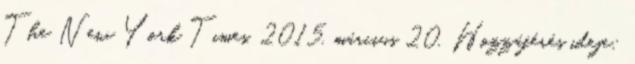
The New York Times, 2015. március 20. Hozzáférés ideje: